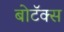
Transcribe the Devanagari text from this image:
बोटॅक्स